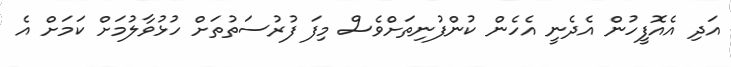
އަދި އެއޮފީހުން އެދެނީ އެހެން ކުންފުނިތަށްވެސް މިފަަ ފުރުސަތުތަށް ހުޅުވާލުމަށް ކަމަށް އެ